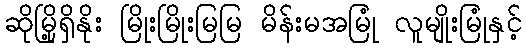
ဆိုမြို့ရှိနိုး မြိုးမြိုးမြမြ မိန်းမအမြုံ လူမျိုးမြုံနှင့်